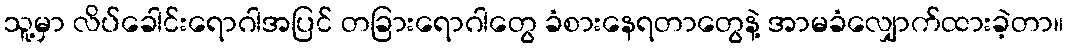
သူ့မှာ လိပ်ခေါင်းရောဂါအပြင် တခြားရောဂါတွေ ခံစားနေရတာတွေနဲ့ အာမခံလျှောက်ထားခဲ့တာ။